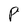
Character: P